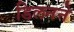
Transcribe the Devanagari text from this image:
डिलनने